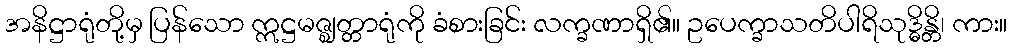
အနိဋ္ဌာရုံတို့မှ ပြန်သော ဣဋ္ဌမဇ္ဈတ္တာရုံကို ခံစားခြင်း လက္ခဏာရှိ၏။ ဥပေက္ခာသတိပါရိသုဒ္ဓိန္တိ၊ ကား။